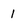
Character: 1